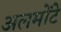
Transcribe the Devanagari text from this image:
अलमोंटे